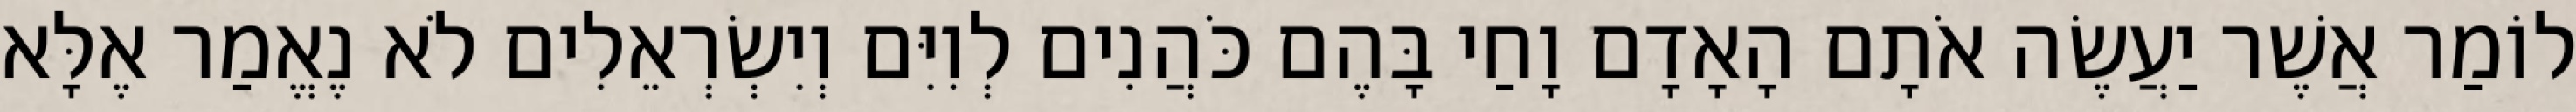
לוֹמַר אֲשֶׁר יַעֲשֶׂה אֹתָם הָאָדָם וָחַי בָּהֶם כֹּהֲנִים לְוִיִּם וְיִשְׂרְאֵלִים לֹא נֶאֱמַר אֶלָּא